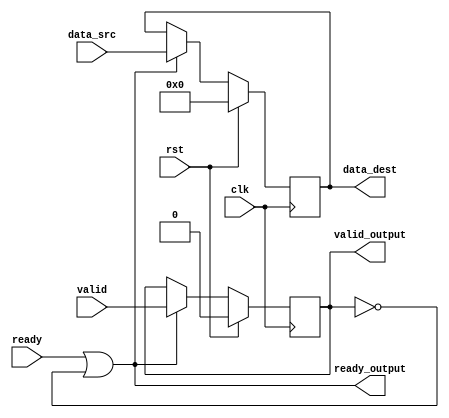
module HD_SENDER #(parameter DATA_WIDTH = 32) (
    input                       clk         ,
    input                       rst         ,
    input      [DATA_WIDTH-1:0] data_src    ,
    input                       ready       ,
    input                       valid       ,
    output reg                  valid_output,
    output reg                  ready_output,
    output reg [DATA_WIDTH-1:0] data_dest
);

    always @(posedge clk) begin
        if(rst)begin
            valid_output <= 0;
        end
        else begin
            valid_output <= ready_output ? valid : valid_output;
        end
    end
    always @(posedge clk) begin
        if(rst)begin
            data_dest <= 0;
        end
        else begin
            data_dest <= ready_output ? data_src : data_dest;
        end
    end

    always @(*) begin
        ready_output = ready || ~valid_output;
    end
endmodule